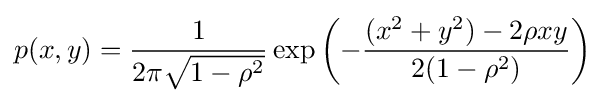
p(x,y)={\frac {1}{2\pi {\sqrt {1-\rho ^{2}}}}}\exp \left(-{\frac {(x^{2}+y^{2})-2\rho xy}{2(1-\rho ^{2})}}\right)~